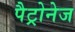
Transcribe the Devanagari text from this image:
पैट्रोनेज